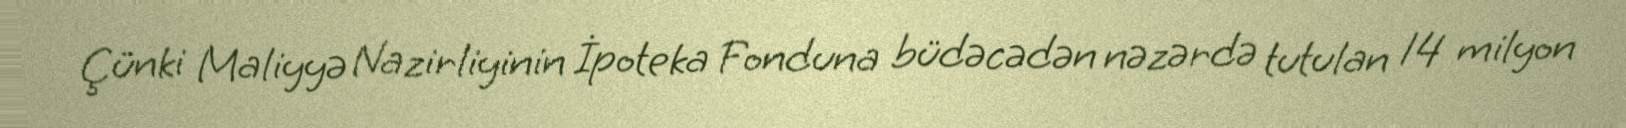
Çünki Maliyyə Nazirliyinin İpoteka Fonduna büdəcədən nəzərdə tutulan 14 milyon